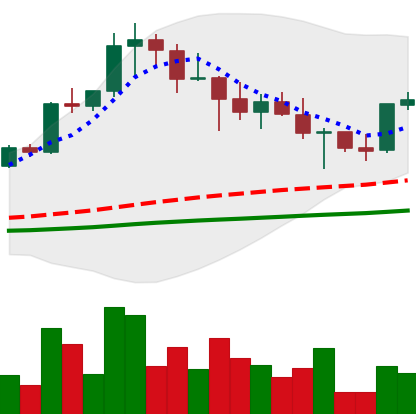
Ticker: XRP-USD
Chart end date: 2021-04-27
Forward return: 11.541%
Label: up_7plus